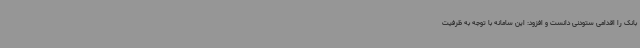
بانک را اقدامی ستودنی دانست و افزود: این سامانه با توجه به ظرفیت